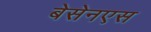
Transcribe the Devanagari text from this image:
बेसेनएस